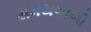
સમયગાળો